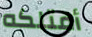
أمتلكه